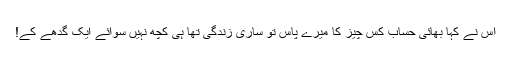
اس نے کہا بھائی حساب کس چیز کا میرے پاس تو ساری زندگی تھا ہی کچھ نہیں سوائے ایک گدھے کے!